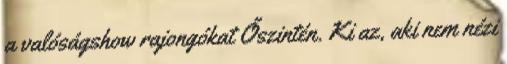
a valóságshow rajongókat Őszintén. Ki az, aki nem nézi